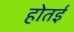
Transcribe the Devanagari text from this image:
होतई